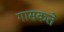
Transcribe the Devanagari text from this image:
गासकते